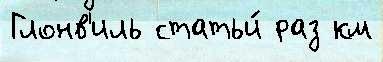
Глонв'иль статьи́ раз км